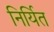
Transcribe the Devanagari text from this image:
निर्यित